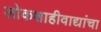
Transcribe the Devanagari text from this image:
लोकशाहीवाद्यांचा